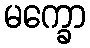
မက္ခော